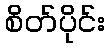
စိတ်ပိုင်း